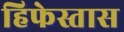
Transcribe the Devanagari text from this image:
हिफेस्तास